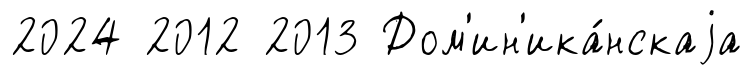
2024 2012 2013 Дом'ин'ика́нскаjа